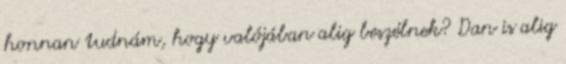
honnan tudnám, hogy valójában alig beszélnek? Dan is alig